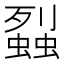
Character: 𧒈